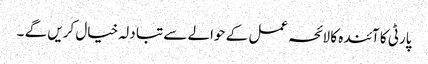
پارٹی کا آئندہ کا لائحہ عمل کے حوالے سے تبا دلہ خیال کریں گے ۔